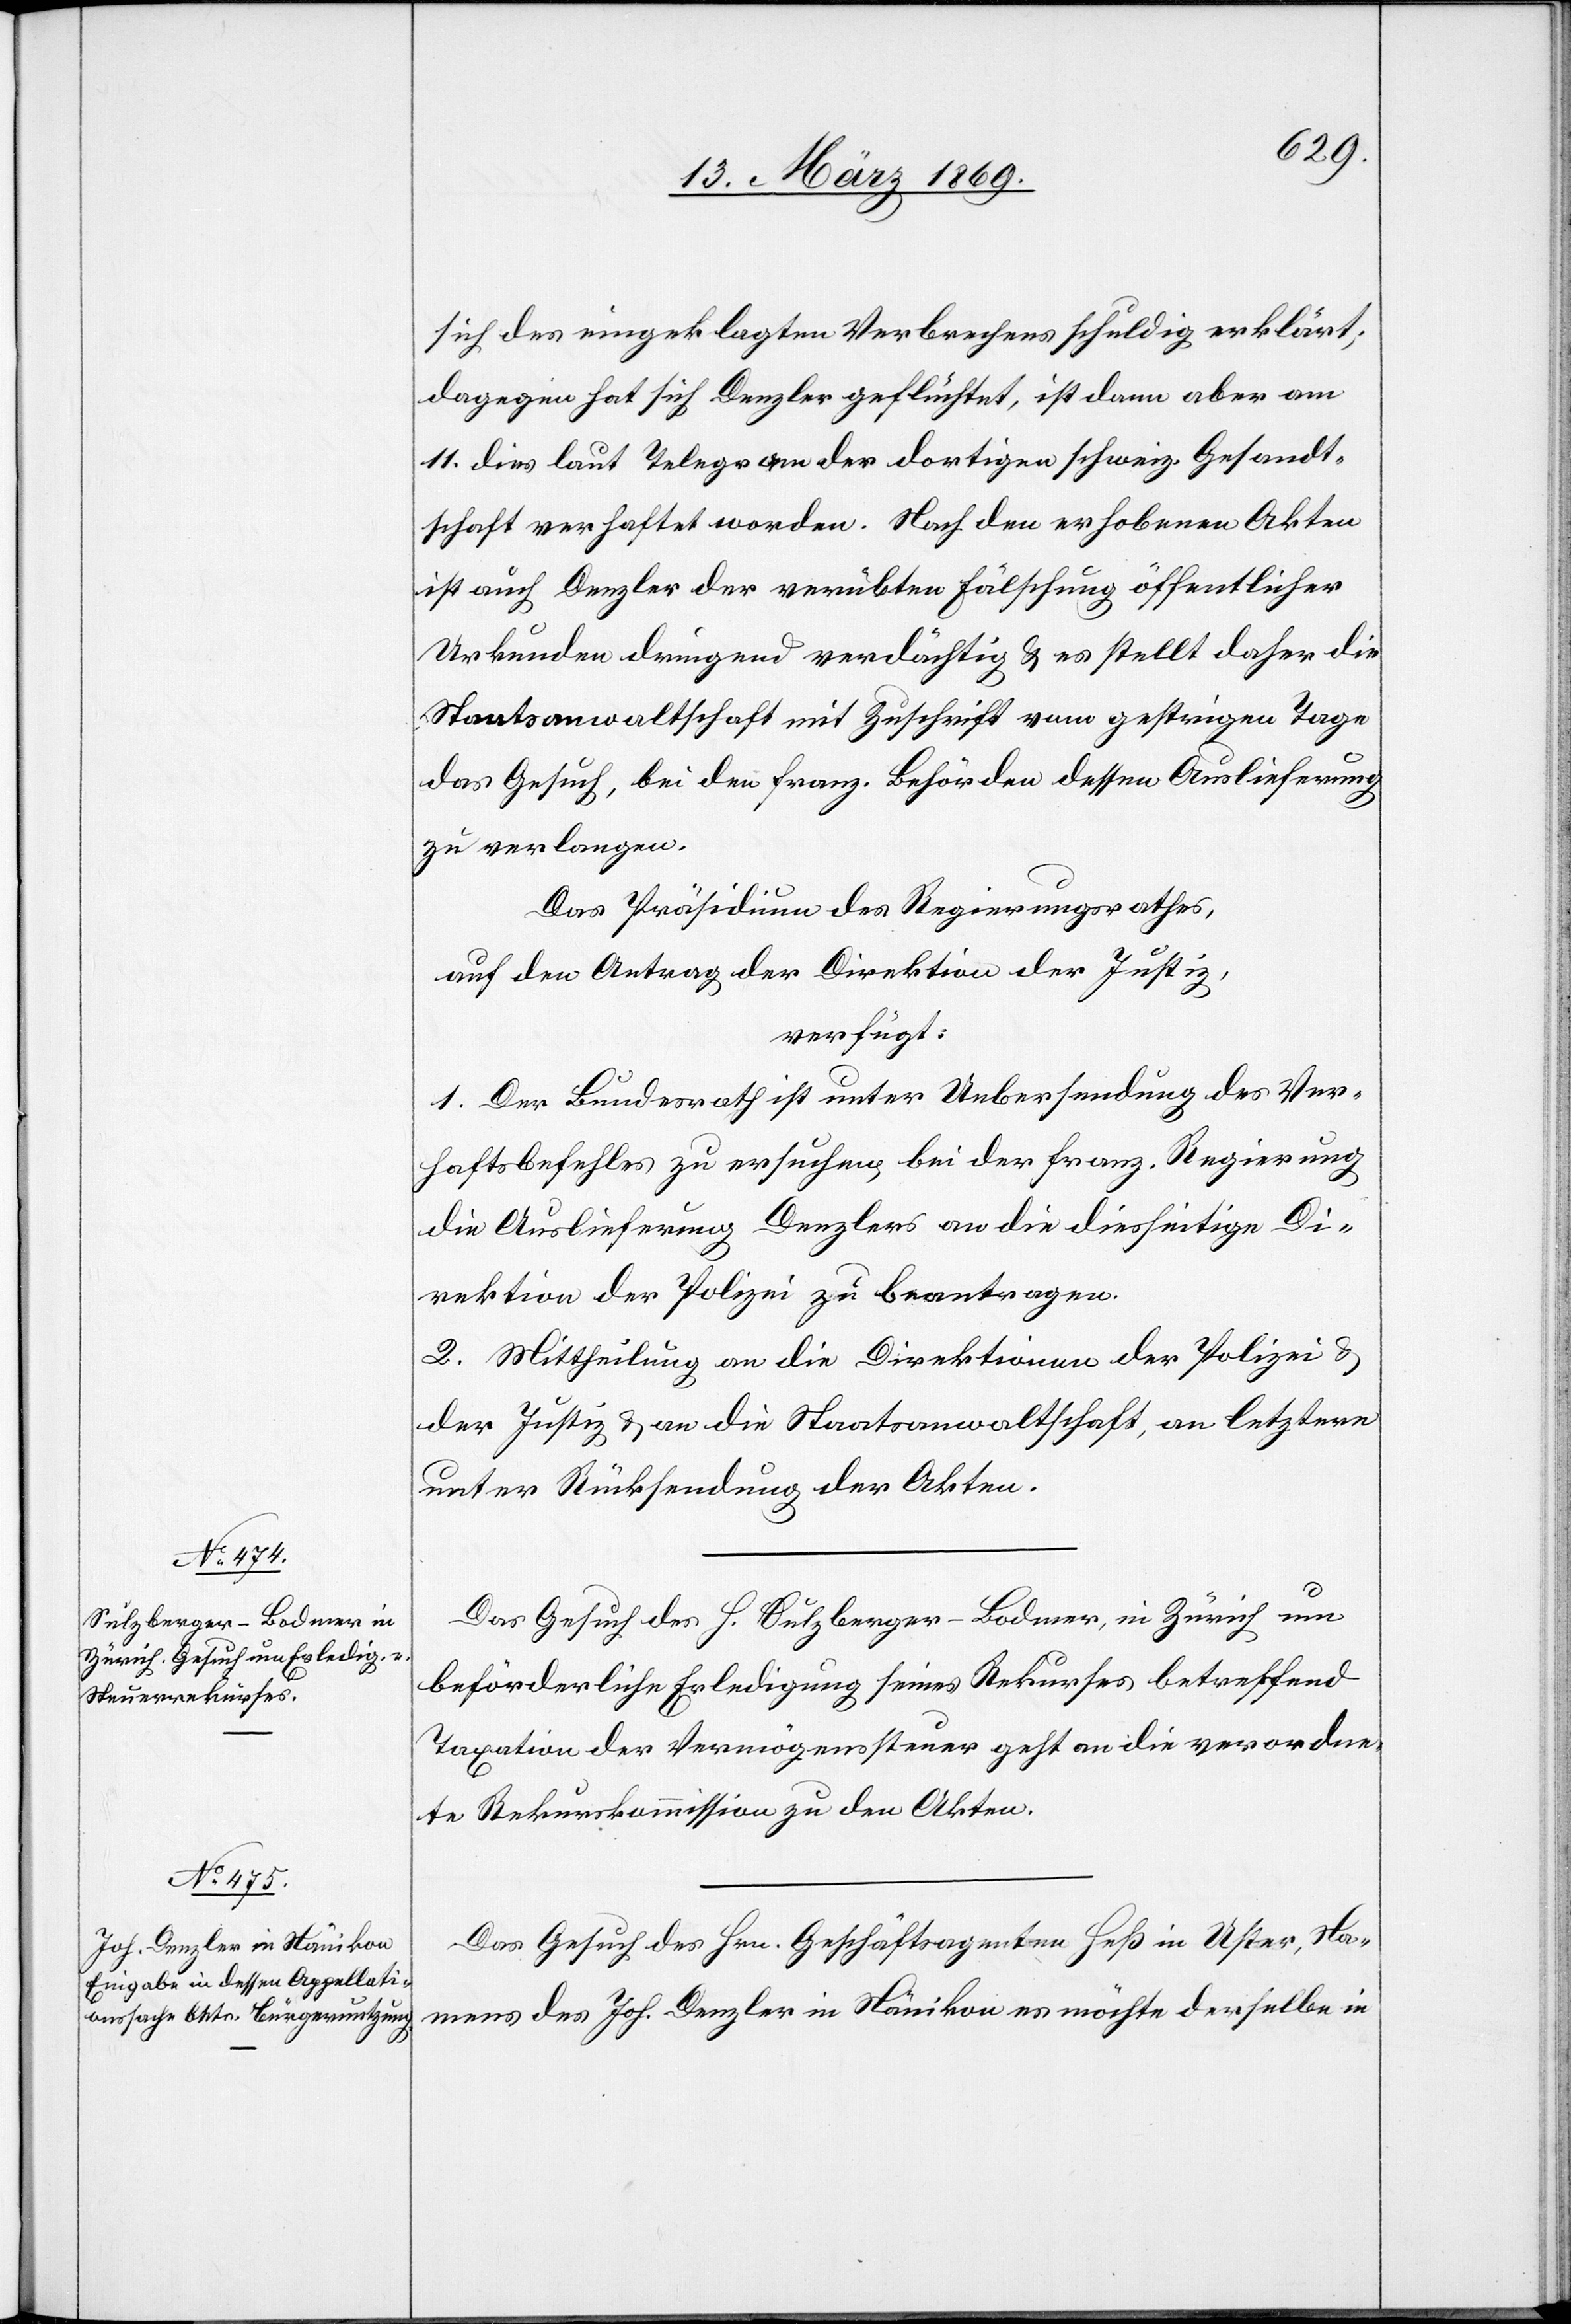
15. März 1869.]
sich des eingeklagten Verbrechens schuldig erklärt;
dagegen hat sich Denzler geflüchtet, ist dann aber am
11. dies laut Telegram der dortigen schweiz. Gesandt¬
schaft verhaftet worden. Nach den erhobenen Akten
ist auch Denzler der verübten Fälschung öffentlicher
Urkunden dringend verdächtig & es stellt daher die
Staatsanwaltschaft mit Zuschrift vom gestrigen Tage
das Gesuch, bei den franz. Behörden dessen Auslieferung
zu verlangen.
Das Präsidium des Regierungsrathes,
auf den Antrag der Direktion der Justiz,
verfügt:
1. Der Bundesrath ist unter Uebersendung des Ver¬
haftsbefehles zu ersuchen, bei der franz. Regierung
die Auslieferung Denzlers an die diesseitige Di¬
rektion der Polizei zu beantragen.
2. Mittheilung an die Direktionen der Polizei &
der Justiz & an die Staatsanwaltschaft, an letztere
unter Rücksendung der Akten.
Das Gesuch des H. Sulzberger-Bodmer, in Zürich, um
beförderliche Erledigung seines Rekurses betreffend
Taxation der Vermögenssteuer geht an die verordne¬
te Rekurskommission zu den Akten.
Das Gesuch des Hrn. Geschäftsagenten Heß in Uster, Na¬
mens des Joh. Denzler in Nänikon es möchte derselbe in